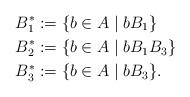
LaTeX: \begin{align*}B_1^*&:=\{b\in A \mid b B_1 \}\\B_2^*&:=\{b\in A\mid b B_1 B_3 \}\\ B_3^*&:=\{b\in A\mid b B_3 \}.\\ \end{align*}